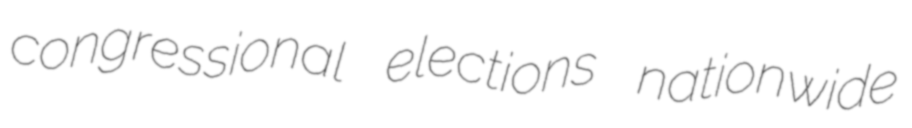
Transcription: congressional elections nationwide